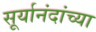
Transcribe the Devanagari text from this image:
सूर्यानंदांच्या